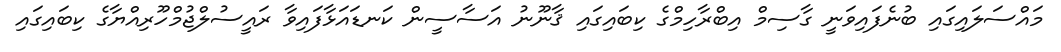
މައްސަލައިގައި ބުނެފައިވަނީ ގާސިމް އިބްރާހިމްގެ ކިބައިގައި ޤާނޫނު އަސާސީން ކަނޑައަޅާފައިވާ ރައީސުލްޖުމްހޫރިއްޔާގެ ކިބައިގައި